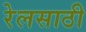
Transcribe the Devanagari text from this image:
रेलसाठी